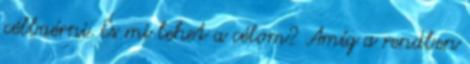
célbaérni. És mi lehet a célom? Amíg a rendben